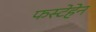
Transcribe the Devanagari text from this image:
फस्टेहेन